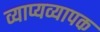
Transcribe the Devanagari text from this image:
व्याप्यव्यापक